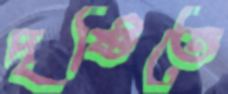
দৃষ্টিতে